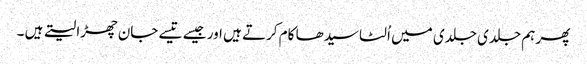
پھر ہم جلدی جلدی میں اُلٹا سیدھا کام کرتے ہیں اور جیسے تیسے جان چھڑا لیتے ہیں ۔